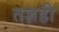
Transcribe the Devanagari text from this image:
तज्ञही